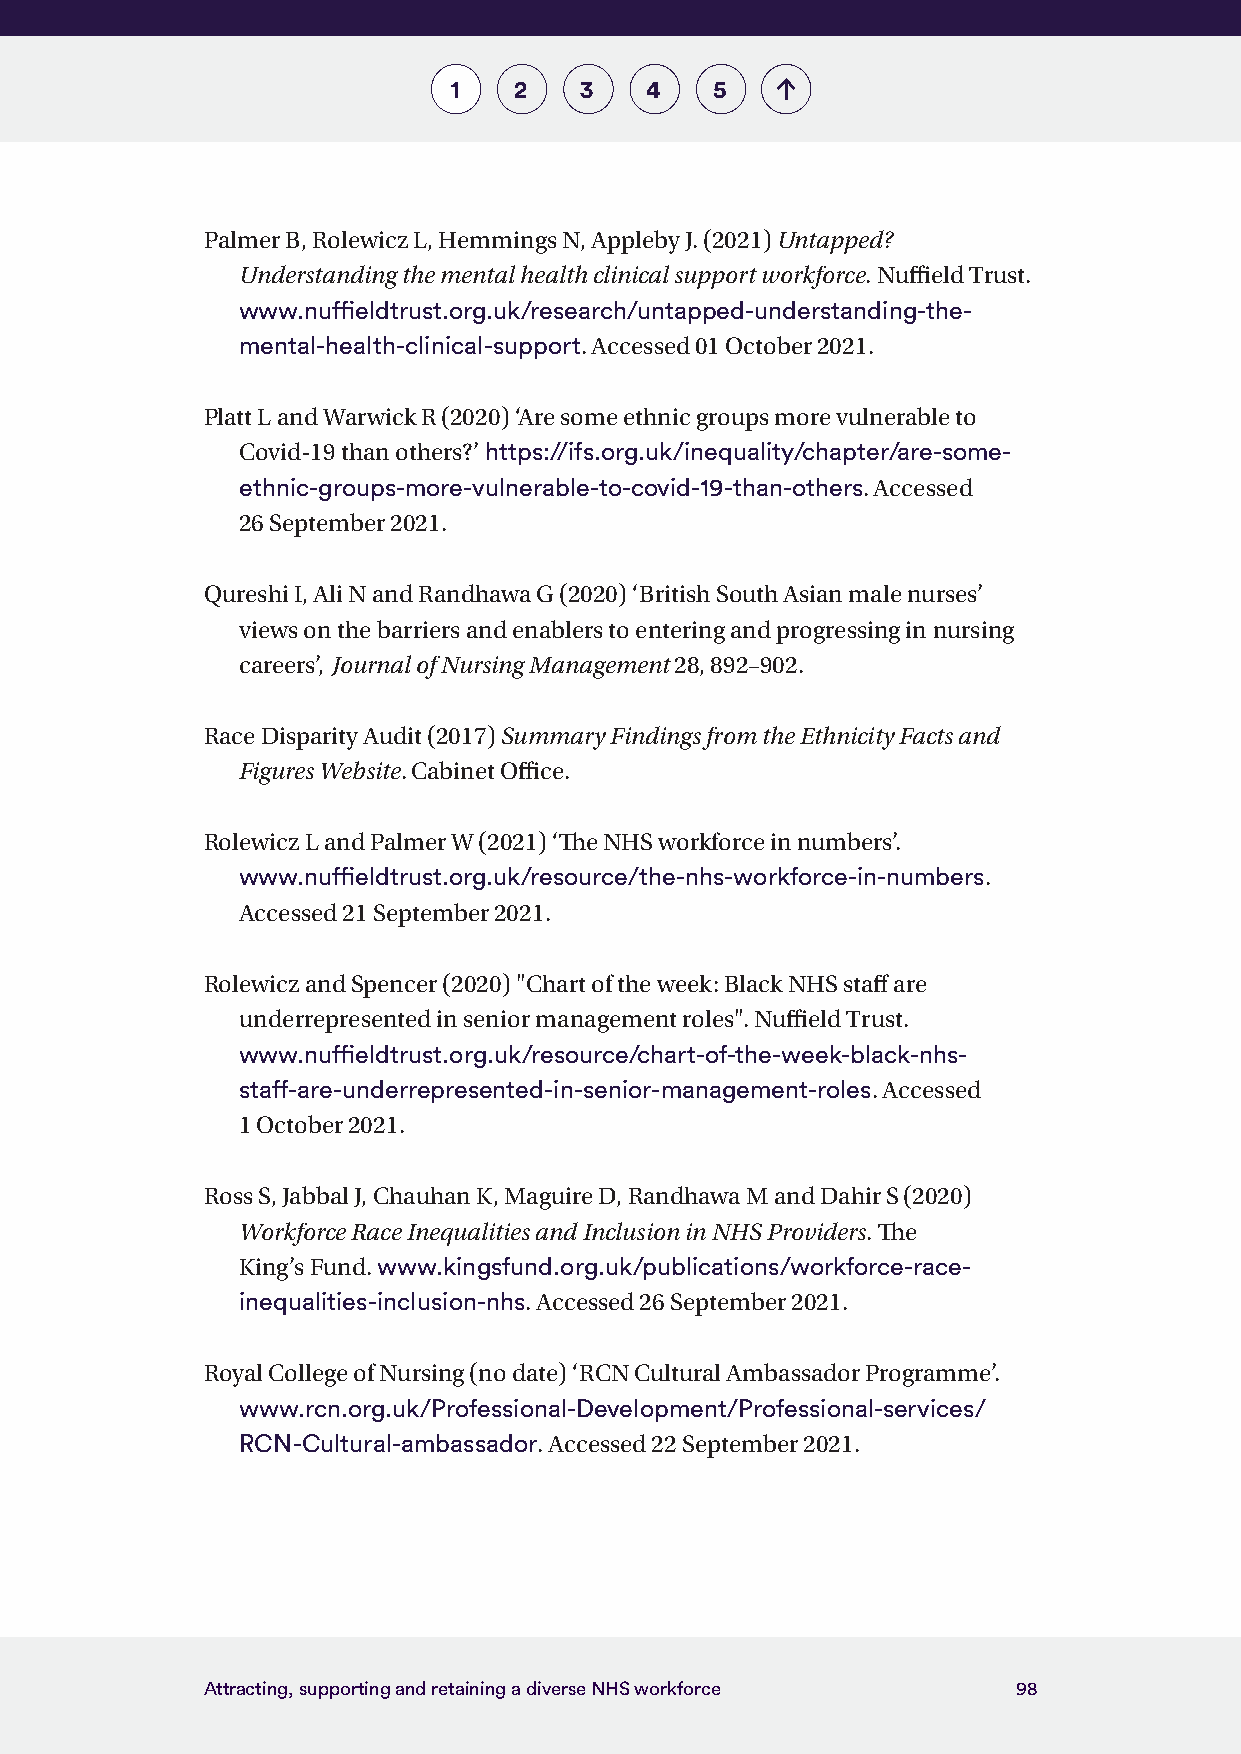
1   2   3    4   5
 Palmer B, Rolewicz L, Hemmings N, Appleby J. (2021) Untapped?
 Understanding the mental health clinical support workforce. Nuffield Trust.
 www.nuffieldtrust.org.uk/research/untapped-understanding-the-
 mental-health-clinical-support. Accessed 01 October 2021.
 Platt L and Warwick R (2020) ‘Are some ethnic groups more vulnerable to
 Covid-19 than others?’ https://ifs.org.uk/inequality/chapter/are-some-
 ethnic-groups-more-vulnerable-to-covid-19-than-others. Accessed
 26 September 2021.
 Qureshi I, Ali N and Randhawa G (2020) ‘British South Asian male nurses’
 views on the barriers and enablers to entering and progressing in nursing
 careers’, Journal of Nursing Management 28, 892–902.
 Race Disparity Audit (2017) Summary Findings from the Ethnicity Facts and
 Figures Website. Cabinet Office.
 Rolewicz L and Palmer W (2021) ‘The NHS workforce in numbers’.
 www.nuffieldtrust.org.uk/resource/the-nhs-workforce-in-numbers.
 Accessed 21 September 2021.
 Rolewicz and Spencer (2020) "Chart of the week: Black NHS staff are
 underrepresented in senior management roles". Nuffield Trust.
 www.nuffieldtrust.org.uk/resource/chart-of-the-week-black-nhs-
 staff-are-underrepresented-in-senior-management-roles. Accessed
 1 October 2021.
 Ross S, Jabbal J, Chauhan K, Maguire D, Randhawa M and Dahir S (2020)
 Workforce Race Inequalities and Inclusion in NHS Providers. The
 King’s Fund. www.kingsfund.org.uk/publications/workforce-race-
 inequalities-inclusion-nhs. Accessed 26 September 2021.
 Royal College of Nursing (no date) ‘RCN Cultural Ambassador Programme’.
 www.rcn.org.uk/Professional-Development/Professional-services/
 RCN-Cultural-ambassador. Accessed 22 September 2021.
 Attracting, supporting and retaining a diverse NHS workforce 98